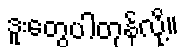
ဒူးတွေပါတုန်လို့။